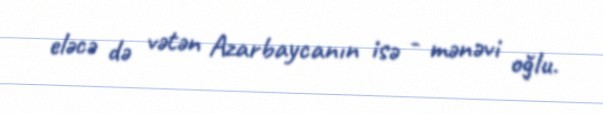
eləcə də vətən Azarbaycanın isə - mənəvi oğlu.